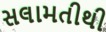
સલામતીથી